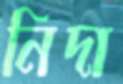
নিদা